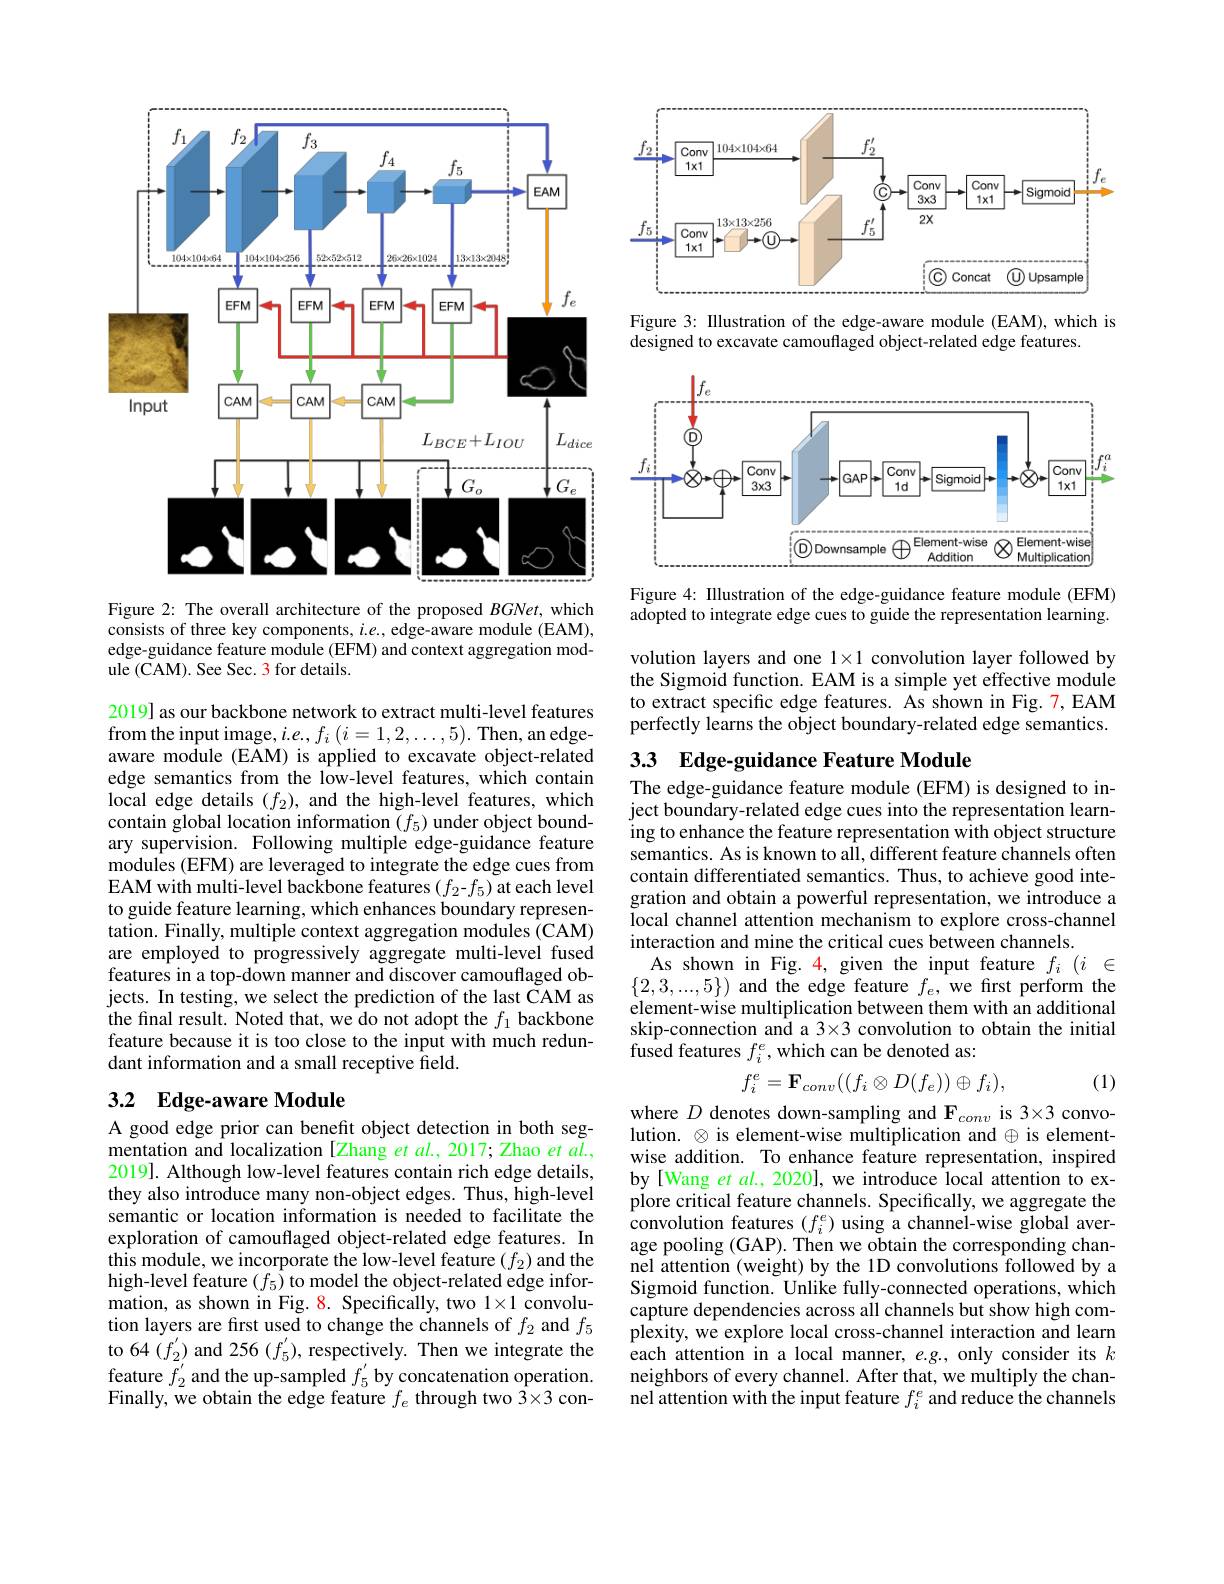
<FigureHere>

Figure 2: The overall architecture of the proposed $BGNet$, which consists of three key components, $i.e.$, edge-aware module (EAM), edge-guidance feature module (EFM) and context aggregation mod- ${\mathrm{ule~(CAM).~See~Sec.~3~for~details.}}$

2019] as our backbone network to extract multi-level features from the input image, $i.e.,f_{i}\left(i=1,2,\ldots,5\right).$ Then, an edgeaware module (EAM) is applied to excavate object-related edge semantics from the low-level features, which contain local edge details $(f_2)$, and the high-level features, which contain global location information $(f_5)$ under object boundary supervision. Following multiple edge-guidance feature modules (EFM) are leveraged to integrate the edge cues from EAM with multi-level backbone features $(f_{2}$-$f_{5})$ at each level to guide feature learning, which enhances boundary representation. Finally, multiple context aggregation modules (CAM) are employed to progressively aggregate multi-level fused features in a top-down manner and discover camouflaged objects. In testing, we select the prediction of the last CAM as the final result. Noted that, we do not adopt the $f_1$ backbone feature because it is too close to the input with much redundant information and a small receptive field.

## 3.2 Edge-aware Module

A good edge prior can benefit object detection in both segmentation and localization [Zhang et $al.,2017;$ Zhao et $al.$, 2019]. Although low-level features contain rich edge details, they also introduce many non-object edges. Thus, high-level semantic or location information is needed to facilitate the exploration of camouflaged object-related edge features. In this module, we incorporate the low-level feature $(f_2)$ and the high-level feature $(f_5)$ to model the object-related edge information, as shown in Fig. 8. Specifically, two 1×1 convolution layers are first used to change the channels of $f_2$ and $f_5$ to 64 $(f_{2^{\prime}})$ and 256 $(f_{5}^{\prime})$, respectively. Then we integrate the feature $\bar{f}_2^{\prime}$ and the up-sampled $f_5^{\prime}$ by concatenation operation. Finally, we obtain the edge feature $f_e$ through two $\bar{3}\times3$ con-

<FigureHere>

Figure 3: Illustration of the edge-aware module (EAM), which is
designed to excavate camouflaged object-related edge features

<FigureHere>

Figure 4: Illustration of the edge-guidance feature module (EFM) adopted to integrate edge cues to guide the representation learning.

volution layers and one $1\times1$ convolution layer followed by the Sigmoid function. EAM is a simple yet effective module to extract specific edge features. As shown in Fig. 7, EAM perfectly learns the object boundary-related edge semantics.

## 33 Edge-guidance Feature Module

The edge-guidance feature module (EFM) is designed to inject boundary-related edge cues into the representation learning to enhance the feature representation with object structure semantics. As is known to all, different feature channels often contain differentiated semantics. Thus, to achieve good integration and obtain a powerful representation, we introduce a local channel attention mechanism to explore cross-channel interaction and mine the critical cues between channels.
As shown in Fig. 4, given the input feature $f_i(i\in$ $\{2,3,...,5\})$ and the edge feature $f_e$,we first perform the element-wise multiplication between them with an additional skip-connection and a 3×3 convolution to obtain the initial fused features $f_i^e$,which can be denoted as:
$$f_i^e=\mathbf{F}_{conv}((f_i\otimes D(f_e))\oplus f_i),$$
(1)

where $D$ denotes down-sampling and F$_conv$ is 3×3 convolution. $\otimes$ is element-wise multiplication and $\oplus$ is elementwise addition. To enhance feature representation, inspired by[Wang et $al.,2020]$,we introduce local attention to explore critical feature channels. Specifically, we aggregate the convolution features $(f_{i}^{e})$ using a channel-wise global average pooling (GAP). Then we obtain the corresponding channel attention (weight) by the 1D convolutions followed by a Sigmoid function. Unlike fully-connected operations, which capture dependencies across all channels but show high complexity, we explore local cross-channel interaction and learn each attention in a local manner, $e.g.$, only consider its $k$ neighbors of every channel. After that, we multiply the channel attention with the input feature $f_i^e$ and reduce the channels